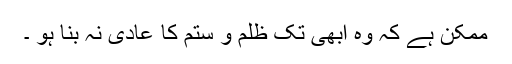
ممکن ہے کہ وہ ابھی تک ظلم و ستم کا عادی نہ بنا ہو ۔